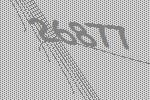
26877